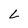
Character: L